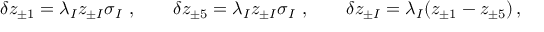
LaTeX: \delta z _ { \pm 1 } = \lambda _ { I } z _ { \pm I } \sigma _ { I } ~ , \qquad \delta z _ { \pm 5 } = \lambda _ { I } z _ { \pm I } \sigma _ { I } ~ , \qquad \delta z _ { \pm I } = \lambda _ { I } ( z _ { \pm 1 } - z _ { \pm 5 } ) \, ,